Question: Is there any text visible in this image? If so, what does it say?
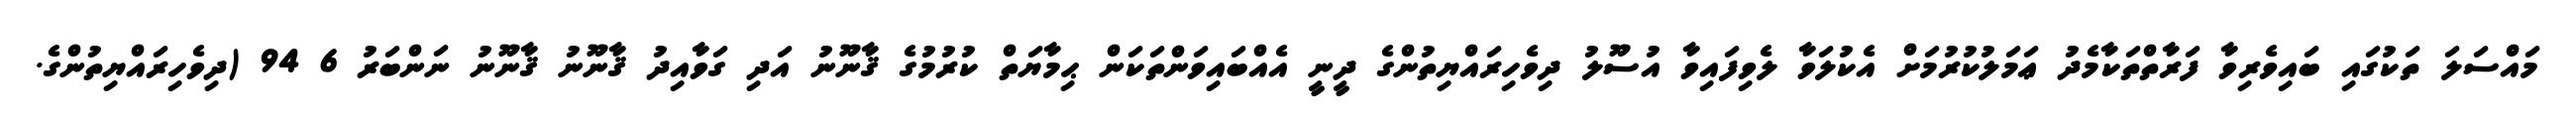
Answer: މައްސަލަ ތަކުގައި ބައިވެރިވާ ފަރާތްތަކާމެދު ޢަމަލުކުރުމަށް އެކުލަވާ ލެވިފައިވާ އުސޫލު ދިވެހިރައްޔިތުންގެ ދީނީ އެއްބައިވަންތަކަން ޙިމާޔަތް ކުރުމުގެ ޤާނޫނު އަދި ގަވާއިދު ޤާނޫނު ޤާނޫނު ނަންބަރު 6 94 (ދިވެހިރައްޔިތުންގެ.